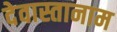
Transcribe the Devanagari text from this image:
देवास्तानाम